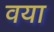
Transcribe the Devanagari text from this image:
वया